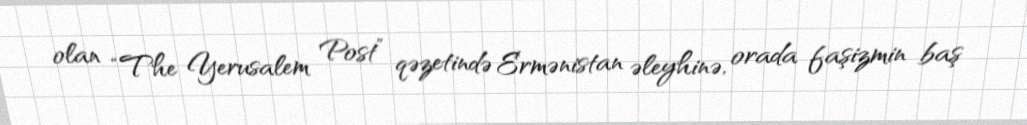
olan “The Yerusalem Post” qəzetində Ermənistan əleyhinə, orada faşizmin baş